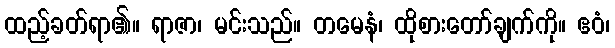
ထည့်ခတ်ရာ၏။ ရာဇာ၊ မင်းသည်။ တမေနံ၊ ထိုစားတော်ချက်ကို။ ဧဝံ၊